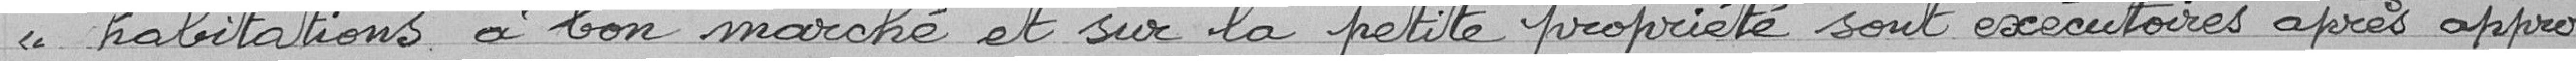
" habitations à bon marché et sur la petite propriété sont exécutoires après appro-